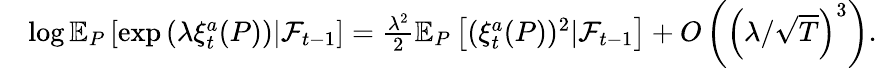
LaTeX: \begin{array}{rl}&{\log\mathbb{E}_{P}\left[\exp\left(\lambda\xi_{t}^{a}(P)\right)|\mathcal{F}_{t-1}\right]=\frac{\lambda^{2}}{2}\mathbb{E}_{P}\left[(\xi_{t}^{a}(P))^{2}|\mathcal{F}_{t-1}\right]+O\left(\left(\lambda/\sqrt{T}\right)^{3}\right).}\end{array}